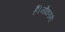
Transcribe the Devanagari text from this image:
हैं।नौकरानी